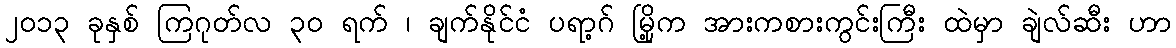
၂၀၁၃ ခုနှစ် ကြဂုတ်လ ၃၀ ရက် ၊ ချက်နိုင်ငံ ပရာ့ဂ် မြို့က အားကစားကွင်းကြီး ထဲမှာ ချဲလ်ဆီး ဟာ